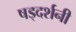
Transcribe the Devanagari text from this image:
षड्दर्शनी